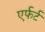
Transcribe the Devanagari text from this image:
एर्फर्ट